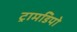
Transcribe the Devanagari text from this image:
ट्रामडिपो